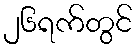
၂၆ရက်တွင်